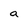
Character: a